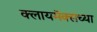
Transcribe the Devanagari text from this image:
क्लायमॅक्सच्या